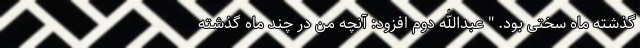
گذشته ماه سختی بود. " عبدالله دوم افزود: آنچه من در چند ماه گذشته